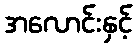
အလောင်းနှင့်